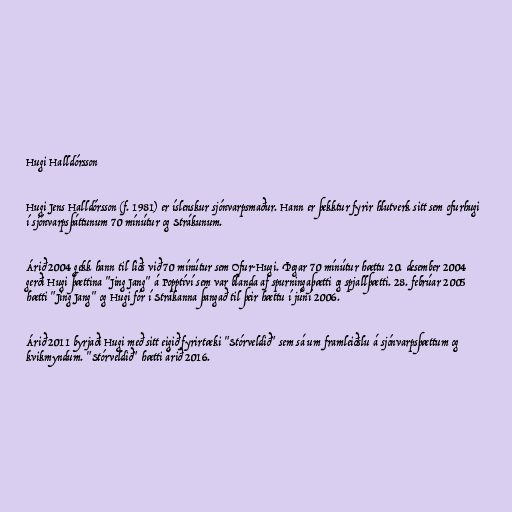
Hugi Halldórsson

Hugi Jens Halldórsson (f. 1981) er íslenskur sjónvarpsmaður. Hann er þekktur fyrir hlutverk sitt sem ofurhugi
í sjónvarpsþáttunum 70 mínútur og Strákunum.

Árið 2004 gekk hann til liðs við 70 mínútur sem Ofur-Hugi. Þegar 70 mínútur hættu 20. desember 2004
gerði Hugi þættina "Jing Jang" á Popptíví sem var blanda af spurningaþætti og spjallþætti. 28. febrúar 2005
hætti "Jing Jang" og Hugi fór í Strákanna þangað til þeir hættu í júní 2006.

Árið 2011 byrjaði Hugi með sitt eigið fyrirtæki "Stórveldið" sem sá um framleiðslu á sjónvarpsþættum og
kvikmyndum. "Stórveldið" hætti árið 2016.